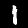
Digit: 1